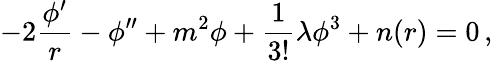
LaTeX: -2\frac{\phi^{\prime}}r-\phi^{\prime\prime}+m^{2}\phi+\frac 1{3!}\lambda\phi^{3}+n(r)=0\, ,